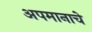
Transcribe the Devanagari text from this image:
अपमानाचे